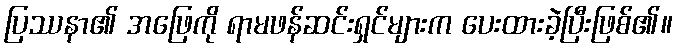
ပြဿနာ၏ အဖြေကို ရာမဖန်ဆင်းရှင်များက ပေးထားခဲ့ပြီးဖြစ်၏။